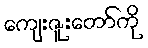
ကျေးဇူးတော်ကို